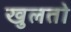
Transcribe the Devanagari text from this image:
खुलतो